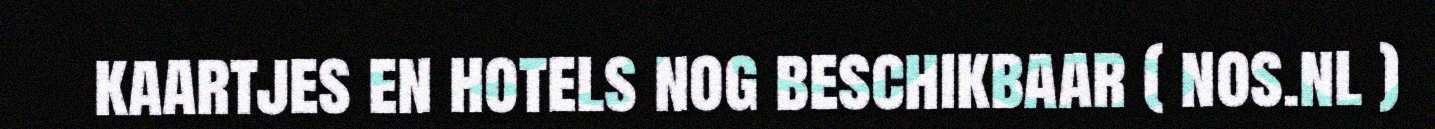
kaartjes en hotels nog beschikbaar ( nos.nl )